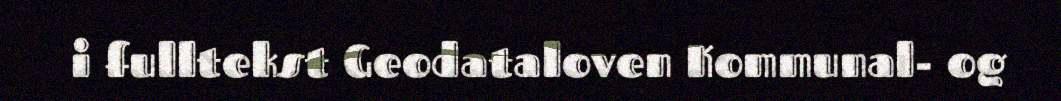
i fulltekst Geodataloven Kommunal- og